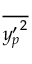
\overline { { { y _ { p } ^ { \prime } } ^ { 2 } } }